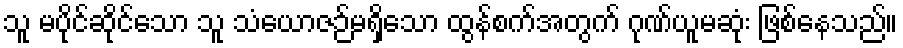
သူ မပိုင်ဆိုင်သော သူ သံယောဇဉ်မရှိသော ထွန်စက်အတွက် ဂုဏ်ယူမဆုံး ဖြစ်နေသည်။